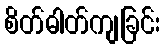
စိတ်ဓါတ်ကျခြင်း